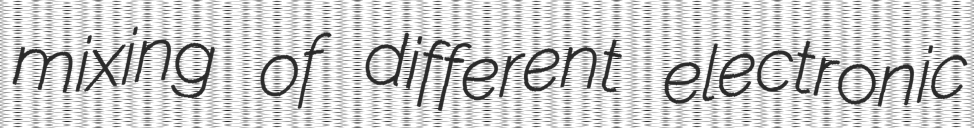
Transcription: mixing of different electronic